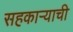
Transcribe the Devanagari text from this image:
सहकाऱ्याची